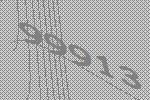
99913